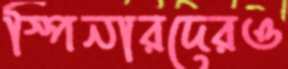
স্পিনারদেরও